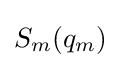
S_{m}(q_{m})